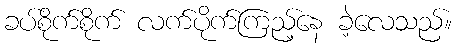
ခပ်စိုက်စိုက် လက်ပိုက်ကြည့်နေ ခဲ့လေသည်။